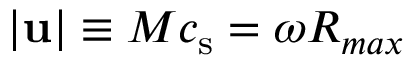
| \mathbf { u } | \equiv M \ensuremath { c _ { \mathrm { s } } } = \omega R _ { m a x }